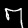
Digit: 7